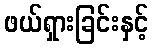
ဖယ်ရှားခြင်းနှင့်